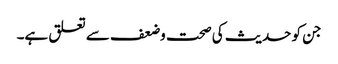
جن کو حدیث کی صحت وضعف سے تعلق ہے۔